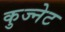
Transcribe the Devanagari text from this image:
कुज्नेट